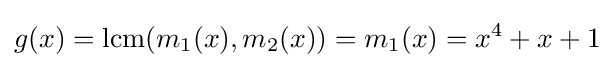
g(x)={\rm {lcm}}(m_{1}(x),m_{2}(x))=m_{1}(x)=x^{4}+x+1